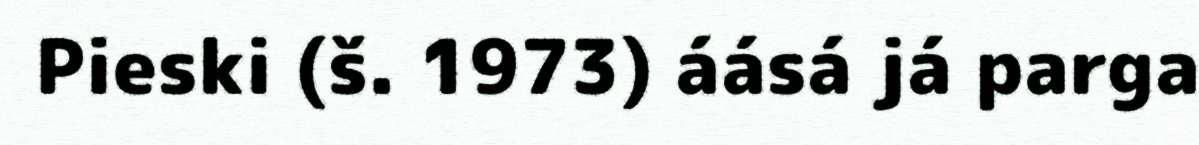
Pieski (š. 1973) áásá já parga